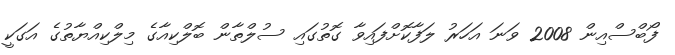
ފޯބްސްއިން 2008 ވަނަ އަހަރު ލަފާކޮށްފައިވާ ގޮތުގައި ސުލްތާން ބޮލްކިއާގެ މިލްކިއްޔާތުގެ އަގަކީ